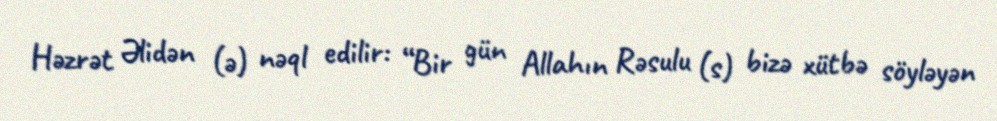
Həzrət Əlidən (ə) nəql edilir: “Bir gün Allahın Rəsulu (s) bizə xütbə söyləyən